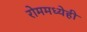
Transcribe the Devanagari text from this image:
रोममध्येही